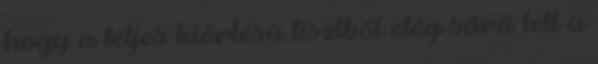
hogy a teljes kiőrlésű lisztből elég sűrű lett a